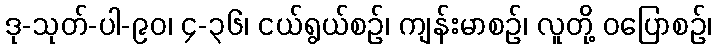
ဒု-သုတ်-ပါ-၉၀၊ ၄-၃၆၊ ငယ်ရွယ်စဉ်၊ ကျန်းမာစဉ်၊ လူတို့ ဝပြောစဉ်၊